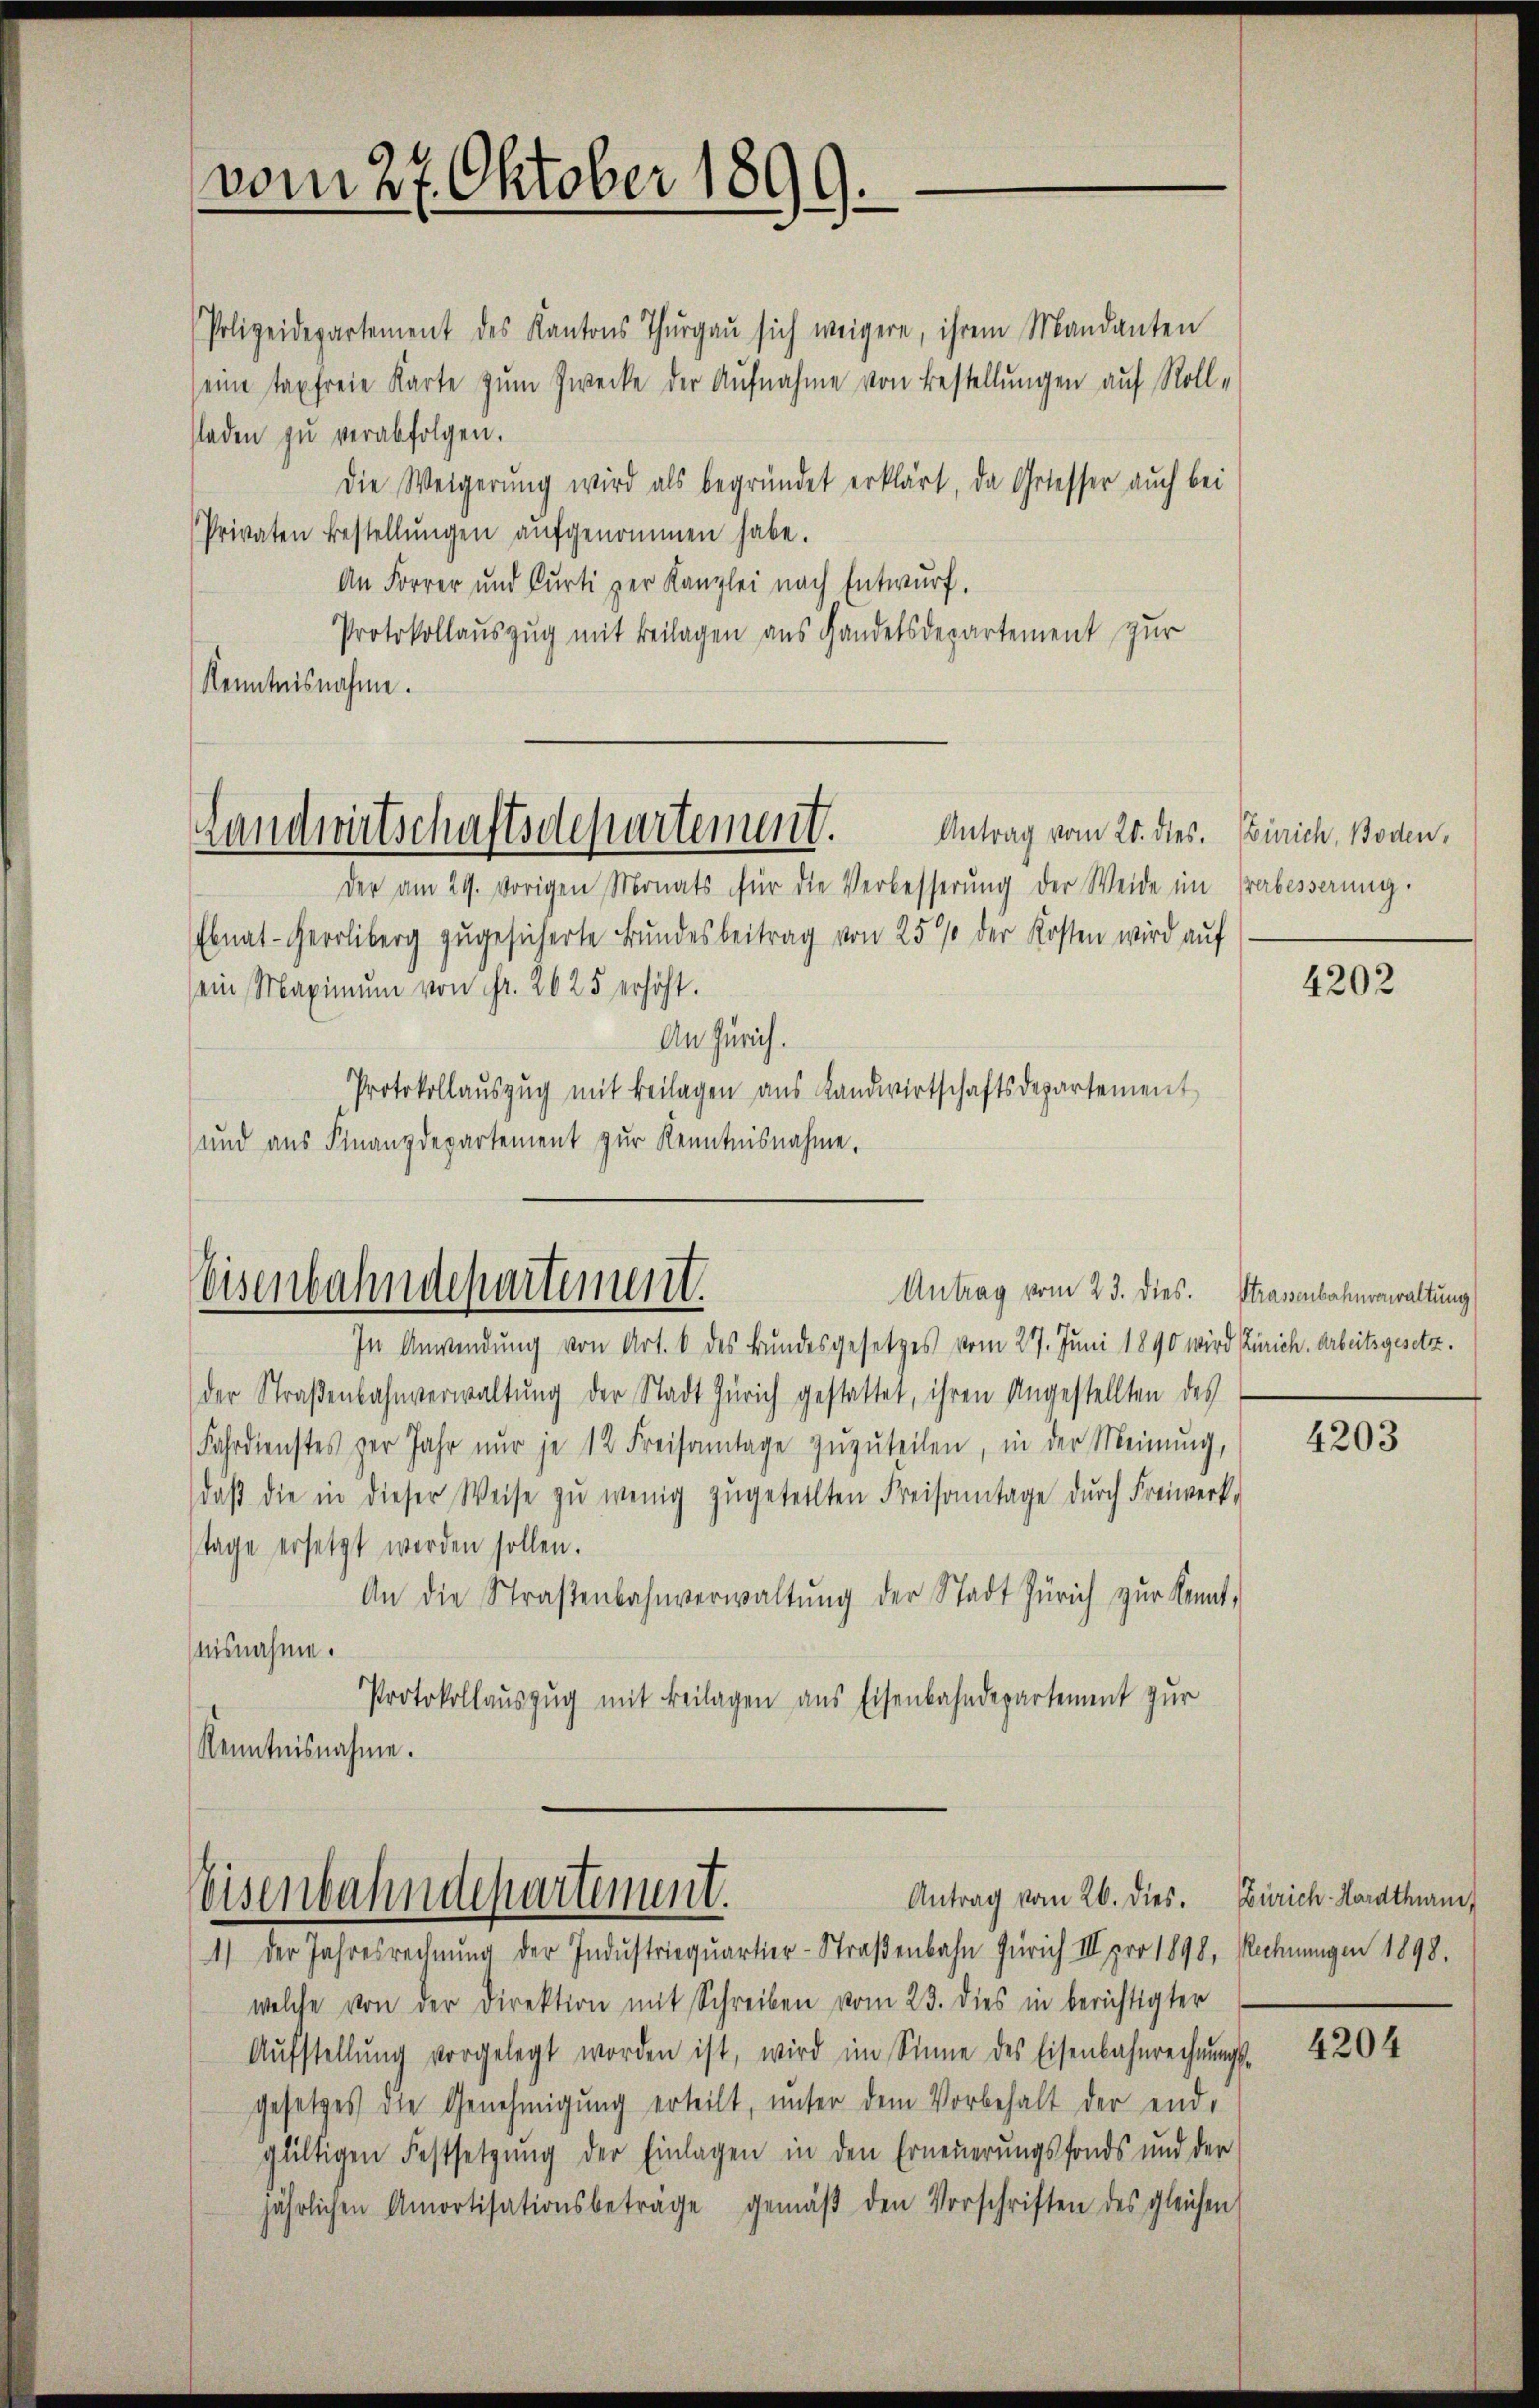
vom 27. Oktober 1899.

Polizeidepartement des Kantons Thŭrgaŭ sich weigere, ihrem Mandanten
seine taxfreie Karte zum Zwecke der Aufnahme von Bestellungen auf Roll-
sladen zŭ verabfolgen.
Die Weigerung wird als begründet erklärt, da Getesser auch bei
Privaten bestellŭngen aŭfgenommen habe.
An Forrer und Curti per Kanzlei nach Entwurf.
Protokollauszug mit Beilagen aus Handelsdepartement zur
Kenntnisnahme.

Landwirtschaftsdepartement.

der am 29. vorigen Monats für die Verbesserŭng der Weide im Grabesserung.
Ebnat-Herrliberg zugesicherte Bundesbeitrag von 25% der Kosten wird auf
ein Maximum von Fr. 2625 erhöht.
An Zürich.
Protokollaŭszŭg mit Beilagen aus Landwirtschaftsdepartement
und aus Finanzdepartement zur Kenntnisnahme.

Eisenbahndepartement.
Antrag vom 23. dies. Strasenbahnrawaltung

Antrag vom 26. dies.
Eisenbahndepartement.

Antrag vom 20. dies. Zürich, Boden,

In Anwendung von Art. 6 des Bundesgesetzes vom 27. Juni 1890 wird Zürich. Arbeitsgesetzder Straβenbahnverwaltŭng der Stadt Zürich gestattet, ihren Angestellten des
Fahrdienstes vor Jahr nŭr je 12 Freisamtage zŭzŭteilen, in der Meinŭng,
daβ die in dieser Weise zŭ wenig zugeteilten Kreisonntage dŭrch Freiwerk-
Tage ersetzt werden sollen.
An die Straβenbahnverwaltŭng der Stadt Zürich zŭr Kennt,
aisnahme.
Protokollauszug mit Beilagen aus Eisenbahndepartement zur
Kenntnisnahme.

1) der Jahresrechnŭng der Industriequartier-Straßenbahn Zürich III pro 1898, Rechnungen 1898.
welche von der Direktion mit Schreiben vom 23. dies in berichtigter
Aŭfstellŭng vorgelegt worden ist, wird im Sinne des Eisenbahnrechnŭngs-
gesetzes die Genehmigŭng erteilt, ŭnter dem Vorbehalt der end-
gliltigen Festsetzŭng der Einlagen in den Erneuerungsfonds und der
jährlichen Amortisationsbeträge gemäβ den Vorschriften des gleichen

4202

4203

Zürich-Hardthurn,

4204